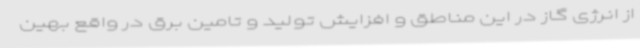
از انرژی گاز در این مناطق و افزایش تولید و تامین برق در واقع بهین